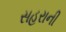
સહરાની